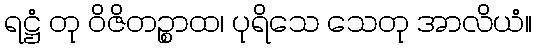
ရဋ္ဌံ တု ဝိဇိတဉ္စာထ၊ ပုရိသေ သေတု အာလိယံ။